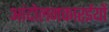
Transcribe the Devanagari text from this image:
आंदोलनकारईयों